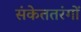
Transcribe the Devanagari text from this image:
संकेततरंगों